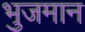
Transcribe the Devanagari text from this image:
भुजमान